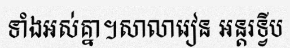
ទាំងអស់គ្នា។សាលារៀន អន្តរទ្វីប